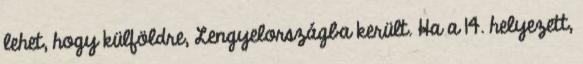
lehet, hogy külföldre, Lengyelországba került. Ha a 14. helyezett,